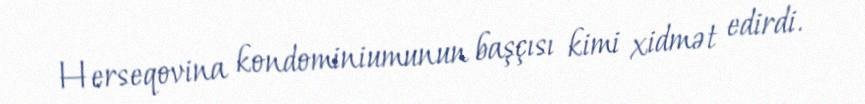
Herseqovina kondominiumunun başçısı kimi xidmət edirdi.